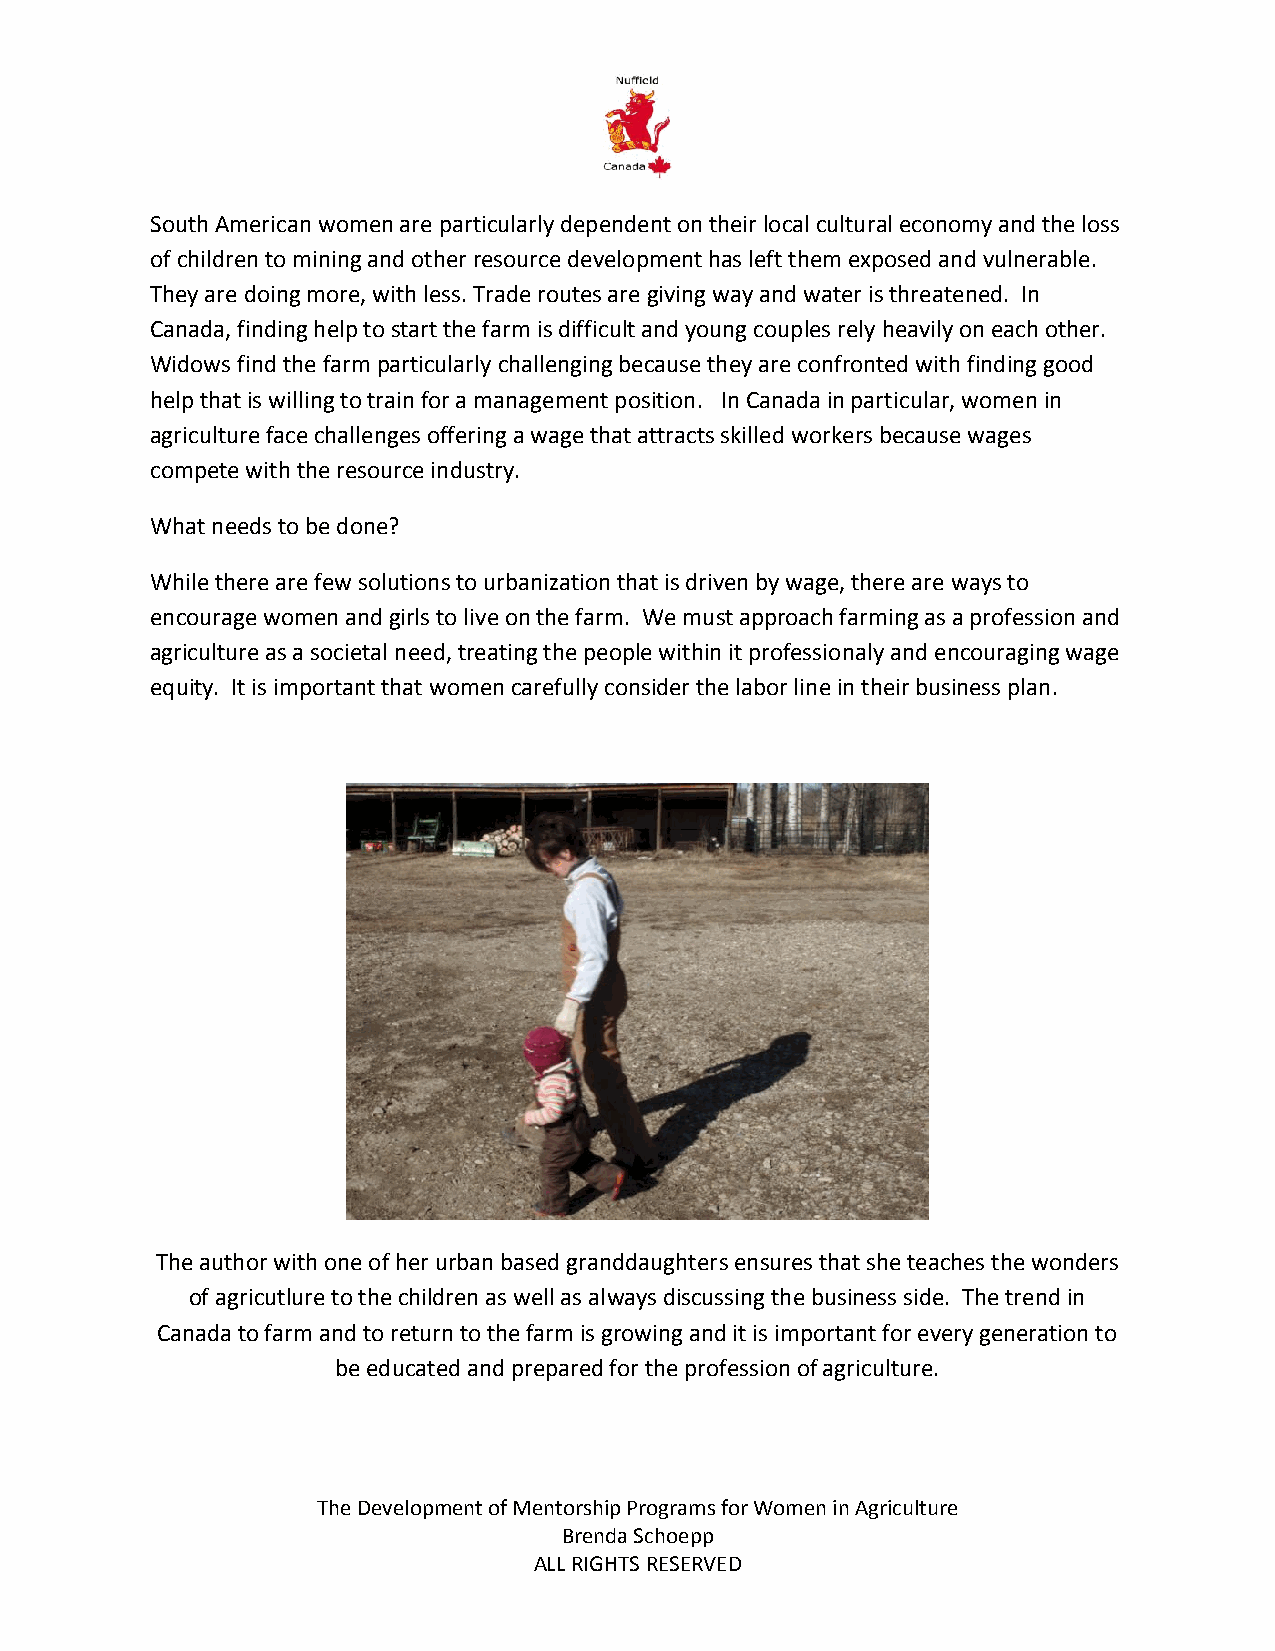
South American women are particularly dependent on their local cultural economy and the loss
 of children to mining and other resource development has left them exposed and vulnerable.
 They are doing more, with less. Trade routes are giving way and water is threatened. In
 Canada, finding help to start the farm is difficult and young couples rely heavily on each other.
 Widows find the farm particularly challenging because they are confronted with finding good
 help that is willing to train for a management position. In Canada in particular, women in
 agriculture face challenges offering a wage that attracts skilled workers because wages
 compete with the resource industry.
 What needs to be done?
 While there are few solutions to urbanization that is driven by wage, there are ways to
 encourage women and girls to live on the farm. We must approach farming as a profession and
 agriculture as a societal need, treating the people within it professionaly and encouraging wage
 equity. It is important that women carefully consider the labor line in their business plan.
 The author with one of her urban based granddaughters ensures that she teaches the wonders
 of agricutlure to the children as well as always discussing the business side. The trend in
 Canada to farm and to return to the farm is growing and it is important for every generation to
 be educated and prepared for the profession of agriculture.
 The Development of Mentorship Programs for Women in Agriculture
 Brenda Schoepp
 ALL RIGHTS RESERVED